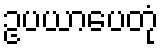
ဥပယာပေတုံ